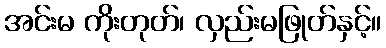
အင်းမ ကိုးတုတ်၊ လှည်းမဖြုတ်နှင့်။